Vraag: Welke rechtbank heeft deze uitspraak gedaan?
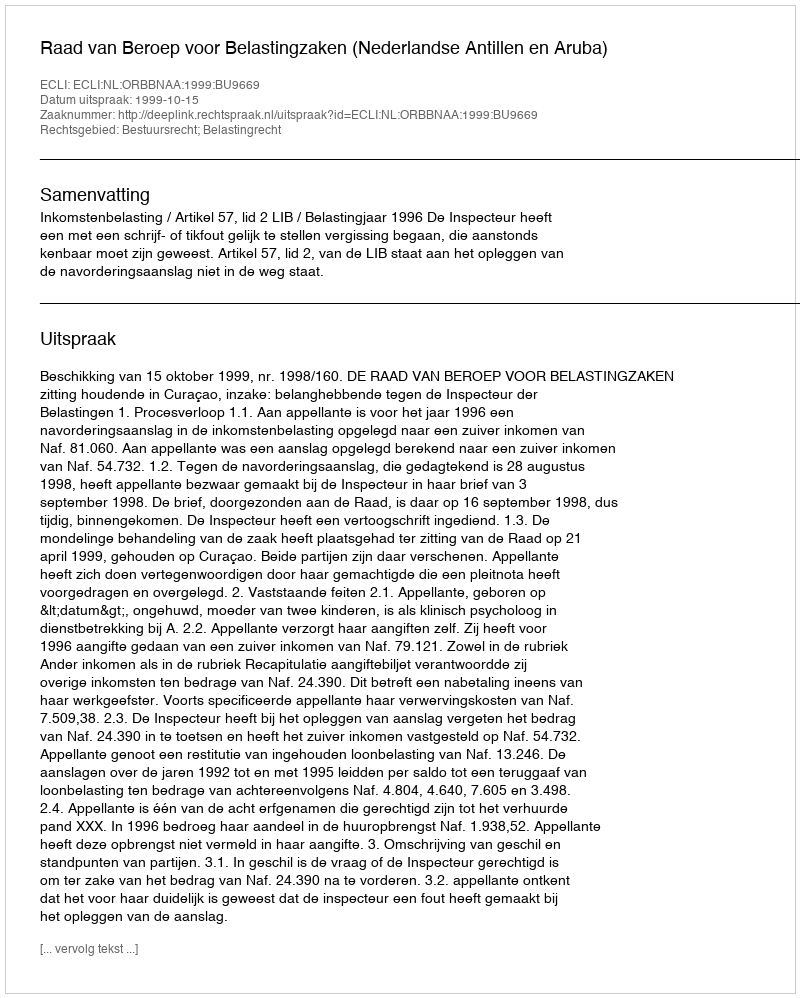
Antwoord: Raad van Beroep voor Belastingzaken (Nederlandse Antillen en Aruba)